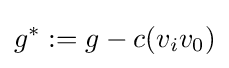
g^{*}:=g-c(v_{i}v_{0})